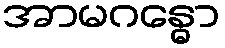
အာမဂန္ဓော